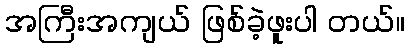
အကြီးအကျယ် ဖြစ်ခဲ့ဖူးပါ တယ်။